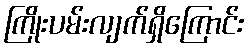
ကြိုးပမ်းလျက်ရှိကြောင်း